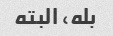
بله، البته